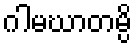
ဂါမဃာတမ္ပိ